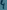
Text: 7